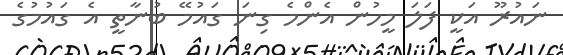
ނައުރޫ އަކީ ފަލަ މީހުން އެންމެ ގިނަ ގައުމޭ ބުނާތީ އެ ގައުމުގެ